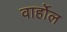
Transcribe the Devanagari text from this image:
वार्होल